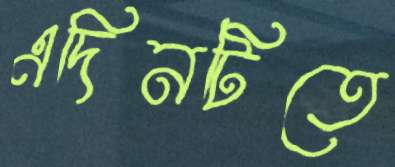
এদিনটিতে